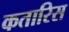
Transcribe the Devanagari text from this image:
कतारिस